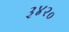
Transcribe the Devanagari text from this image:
३४२०